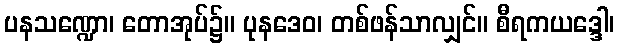
ပနသဏ္ဍော၊ တောအုပ်၌။ ပုနဒေဝ၊ တစ်ဖန်သာလျှင်။ စီရကယဒ္ဒေါ၊